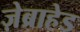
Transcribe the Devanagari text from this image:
ज़ेब्राहेड